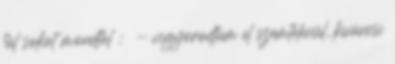
túl sokat mondtál : - vigyorodtam el szemtelenül, kíváncsi